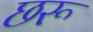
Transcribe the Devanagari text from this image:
छरू